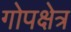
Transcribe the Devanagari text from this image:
गोपक्षेत्र